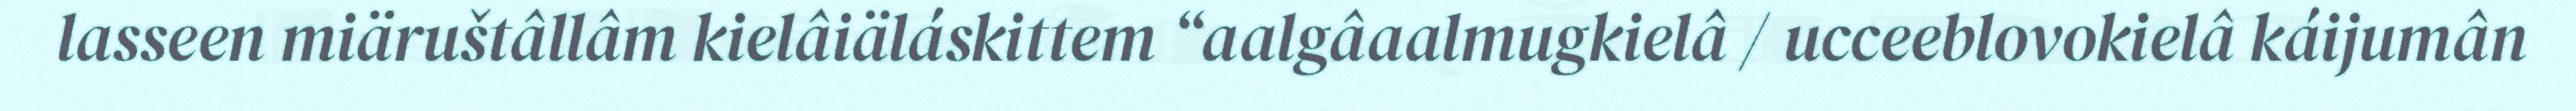
lasseen miäruštâllâm kielâiäláskittem “aalgâaalmugkielâ / ucceeblovokielâ káijumân